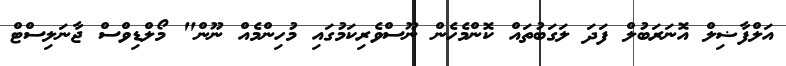
އަލްފާޟިލް އޮނަރަބުލް ފަދަ ލަގަބުތައް ކޮންމެހެން ނޫސްވެރިކަމުގައި މުހިންމެއް ނޫން" މޯލްޑިވްސް ޖާނަލިސްޓް